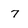
Character: 7